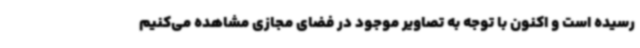
رسیده است و اکنون با توجه به تصاویر موجود در فضای مجازی مشاهده می‌کنیم